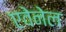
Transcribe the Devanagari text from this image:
एवेनेल